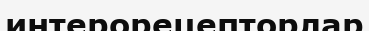
интерорецепторлар